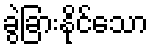
ခွဲခြားနိုင်သော